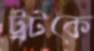
ট্রটকে